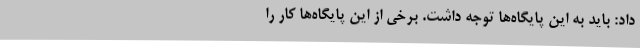
داد: باید به این پایگاه‌ها توجه داشت. برخی از این پایگاه‌ها کار را